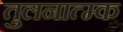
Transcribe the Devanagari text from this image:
तुलनात्म्क